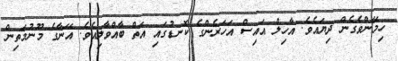
ހިމޭންވެގެން ދިޔައެވެ. އާހިލް އައިސް އަހަރެންގެ ކޮނޑުގައި އަތް ބާއްވާލިއެވެ. އޭނާގެ މޫނުމަތިން